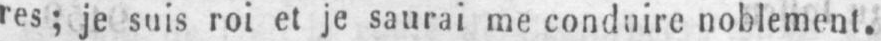
res; je suis roi et je saurai me conduire noblement.